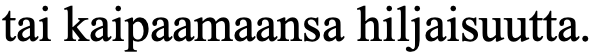
tai kaipaamaansa hiljaisuutta.